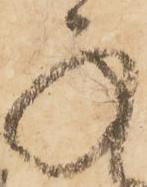
承